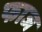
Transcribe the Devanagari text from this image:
फाज